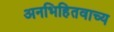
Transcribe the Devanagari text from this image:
अनभिहितवाच्य